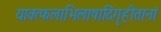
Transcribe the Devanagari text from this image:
यावत्फलाभिलाषादिगृहीतानां